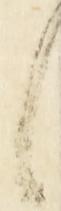
候